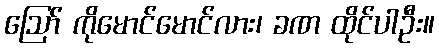
ဪ ကိုမောင်မောင်လား၊ ခဏ ထိုင်ပါဦး။